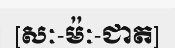
[សៈ-ម៉ៈ-ជាត]